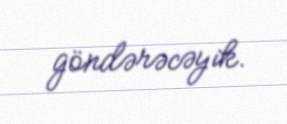
göndərəcəyik.